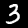
Digit: 3